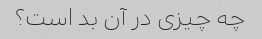
چه چیزی در آن بد است؟